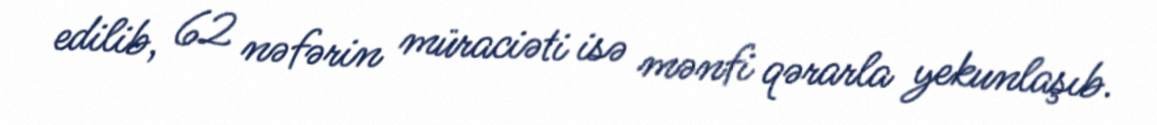
edilib, 62 nəfərin müraciəti isə mənfi qərarla yekunlaşıb.